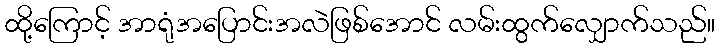
ထို့ကြောင့် အာရုံအပြောင်းအလဲဖြစ်အောင် လမ်းထွက်လျှောက်သည်။